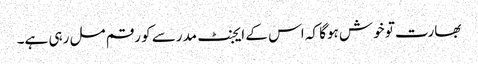
بھارت تو خوش ہوگا کہ اس کے ایجنٹ مدرسے کو رقم مل رہی ہے۔